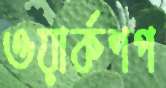
ওয়ার্কশপ